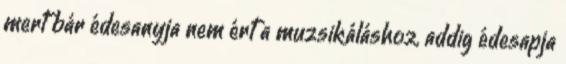
mert bár édesanyja nem ért a muzsikáláshoz, addig édesapja